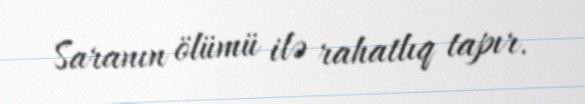
Saranın ölümü ilə rahatlıq tapır.